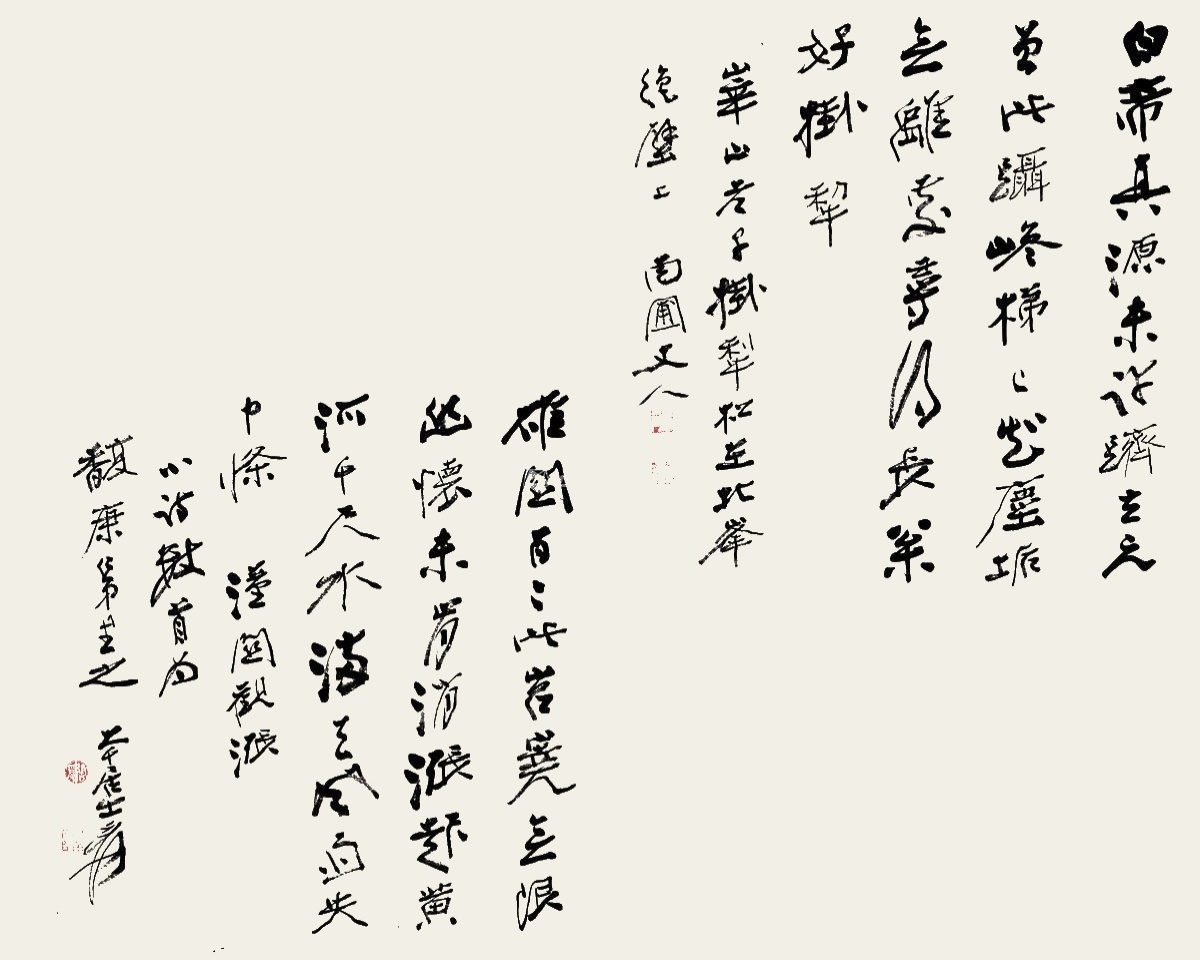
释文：1.雄关百二此岧峣，无限幽怀未肯消。涨起黄河千呎水，满天风雨失中条。潼关观涨。小诗数首，为馥康仁弟书之。大千居士，爰。2.白帝真源未许跻，玄元曾此蹑巉梯。已知尘垢无离处，寻得长松好挂犁。华山老子挂犁松在北峰绝壁上。南圃丈人。大风堂弟子凌云超上款。